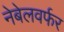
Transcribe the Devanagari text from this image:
नेबेलवर्फर